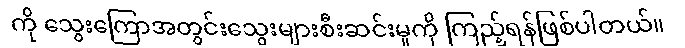
ကို သွေးကြောအတွင်းသွေးများစီးဆင်းမှုကို ကြည့်ရန်ဖြစ်ပါတယ်။